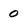
Character: O